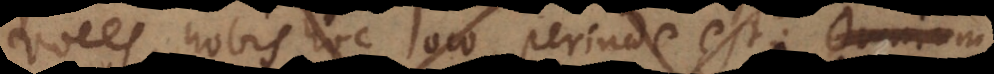
voces, nobis hoc loco perinde est (a).